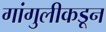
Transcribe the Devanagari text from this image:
गांगुलीकडून